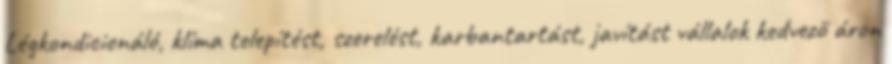
Légkondicionáló, klíma telepítést, szerelést, karbantartást, javítást vállalok kedvező áron